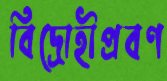
বিদ্রোহীপ্রবণ